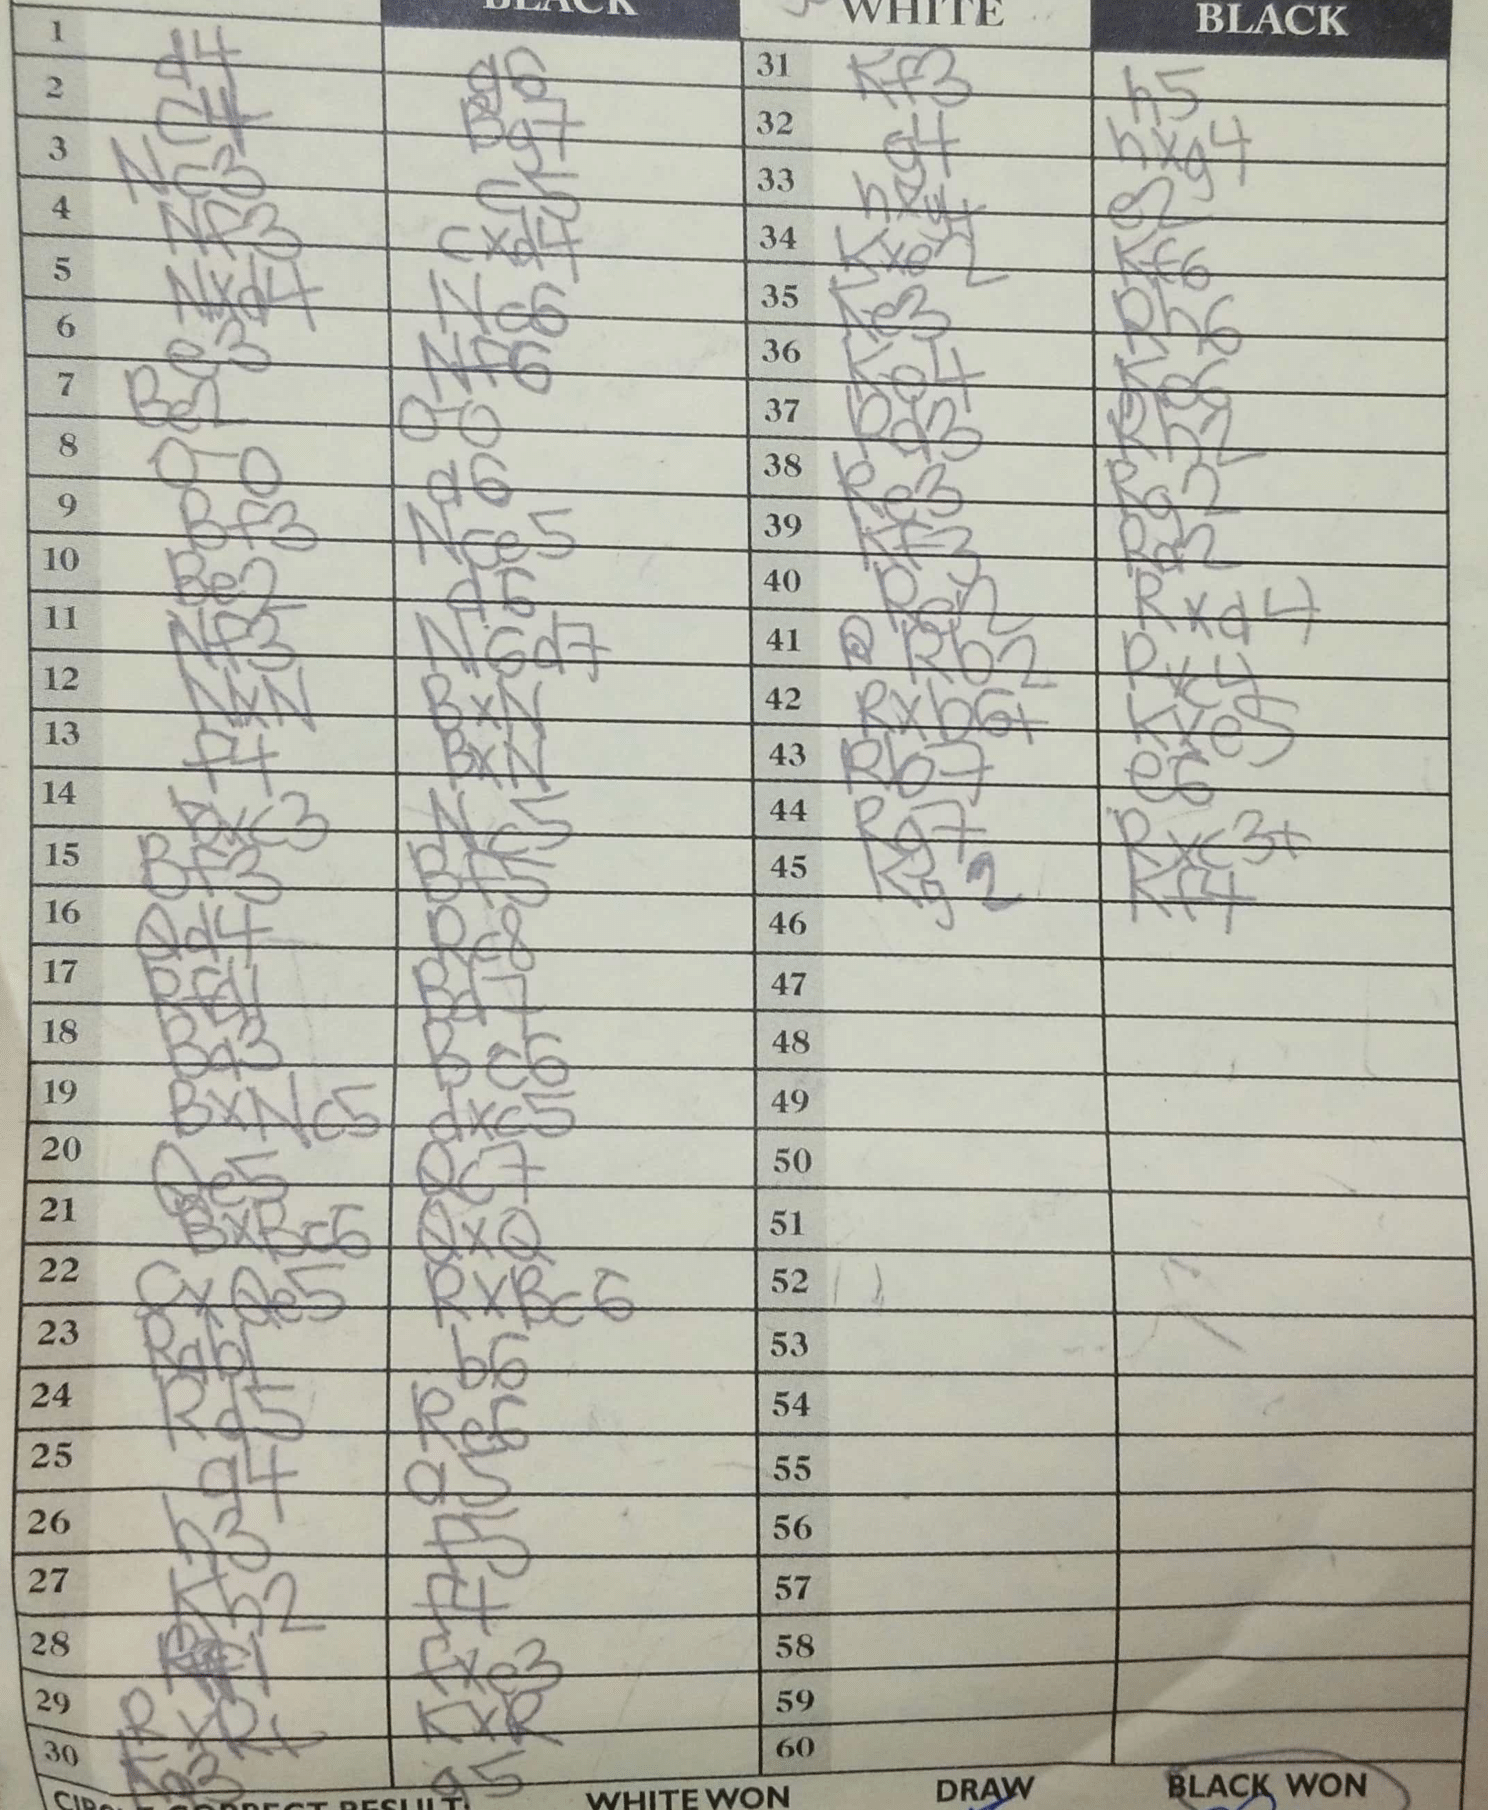
Moves: d4 g6 c4 Bg7 Nc3 a5 Nf3 cxd4 Nxd4 Nc6 e3 Nf6 Be2 O-O O-O a6 Bf3 Nce5 Be2 d6 Nf3 N6d7 NxN BxN f4 BxN Bxc3 Nc5 Bf3 Bf5 Qd4 Rc8 Rfd1 Bd7 Bd3 Bc6 BxNc5 dxc5 Qe5 Qc7 BxBc6 QxQ cxQe5 RxBc6 Rab1 b6 Rd5 Re6 a4 a5 h3 f5 Kh2 f4 Rf1 fxe3 RxR+ KxR Ka3 a5 Kf3 h5 g4 hxg4 hxg4 e2 Kxe2 Kf6 Ke3 Rh6 Ke4 Ke6 Rd3 Rh2 Re3 Rg2 Kf3 Rd2 Re2 Rxd4 Rb2 Rxc4 Rxb6+ Kxc5 Rb7 e6 Rg7 Rxc3+ Kg2 Kf4